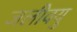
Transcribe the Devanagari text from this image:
जलीवयु